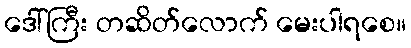
ဒေါ်ကြီး တဆိတ်လောက် မေးပါရစေ။